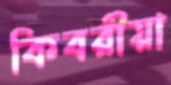
কিবরীয়া